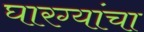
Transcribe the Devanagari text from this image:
घारग्यांचा